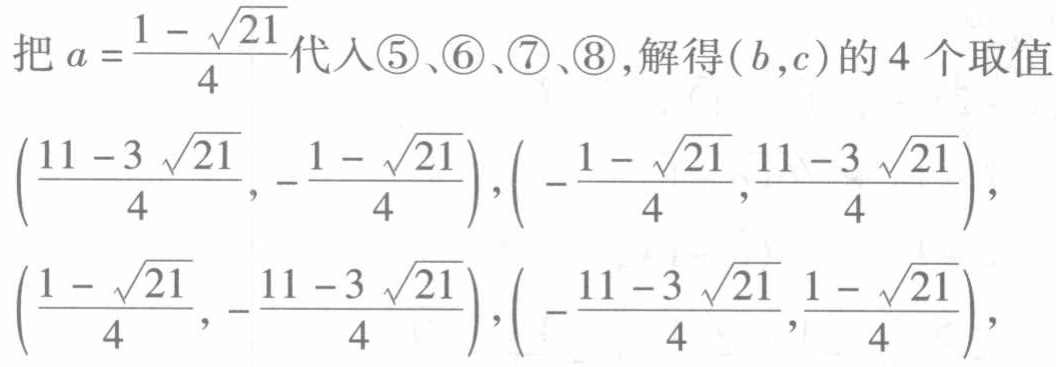
把 \(a = \frac{1 - \sqrt{21}}{4}\) 代入\textcircled{5}、\textcircled{6}、\textcircled{7}、\textcircled{8}，解得\((b,c)\)的4个取值
\((\frac{11 - 3\sqrt{21}}{4}, -\frac{1 - \sqrt{21}}{4}), ( -\frac{1 - \sqrt{21}}{4}, \frac{11 - 3\sqrt{21}}{4}),\)
\((\frac{1 - \sqrt{21}}{4}, -\frac{11 - 3\sqrt{21}}{4}), ( -\frac{11 - 3\sqrt{21}}{4}, \frac{1 - \sqrt{21}}{4}),\)